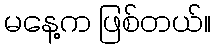
မနေ့က ဖြစ်တယ်။